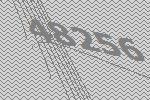
48256